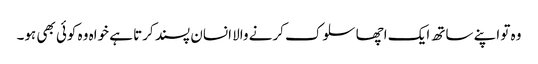
وہ تو اپنے ساتھ ایک اچھا سلوک کرنے والا انسان پسند کرتا ہے خواہ وہ کوئی بھی ہو۔